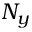
N _ { y }